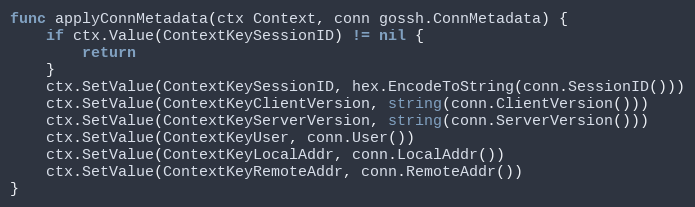
Language: Go
func applyConnMetadata(ctx Context, conn gossh.ConnMetadata) {
	if ctx.Value(ContextKeySessionID) != nil {
		return
	}
	ctx.SetValue(ContextKeySessionID, hex.EncodeToString(conn.SessionID()))
	ctx.SetValue(ContextKeyClientVersion, string(conn.ClientVersion()))
	ctx.SetValue(ContextKeyServerVersion, string(conn.ServerVersion()))
	ctx.SetValue(ContextKeyUser, conn.User())
	ctx.SetValue(ContextKeyLocalAddr, conn.LocalAddr())
	ctx.SetValue(ContextKeyRemoteAddr, conn.RemoteAddr())
}